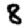
Digit: 8